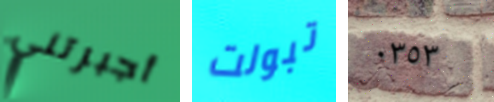
أجبرتني تبولت ٠٣٥٣